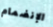
الإنضمام